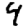
Digit: 4